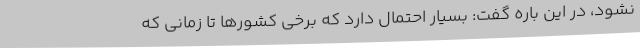
نشود، در این باره گفت: بسیار احتمال دارد که برخی کشورها تا زمانی که